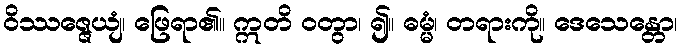
ဝိဿဇ္ဇေယျံ၊ ဖြေရာ၏။ ဣတိ ဝတွာ၊ ၍။ ဓမ္မံ၊ တရားကို။ ဒေသေန္တော၊